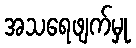
အသရေဖျက်မှု